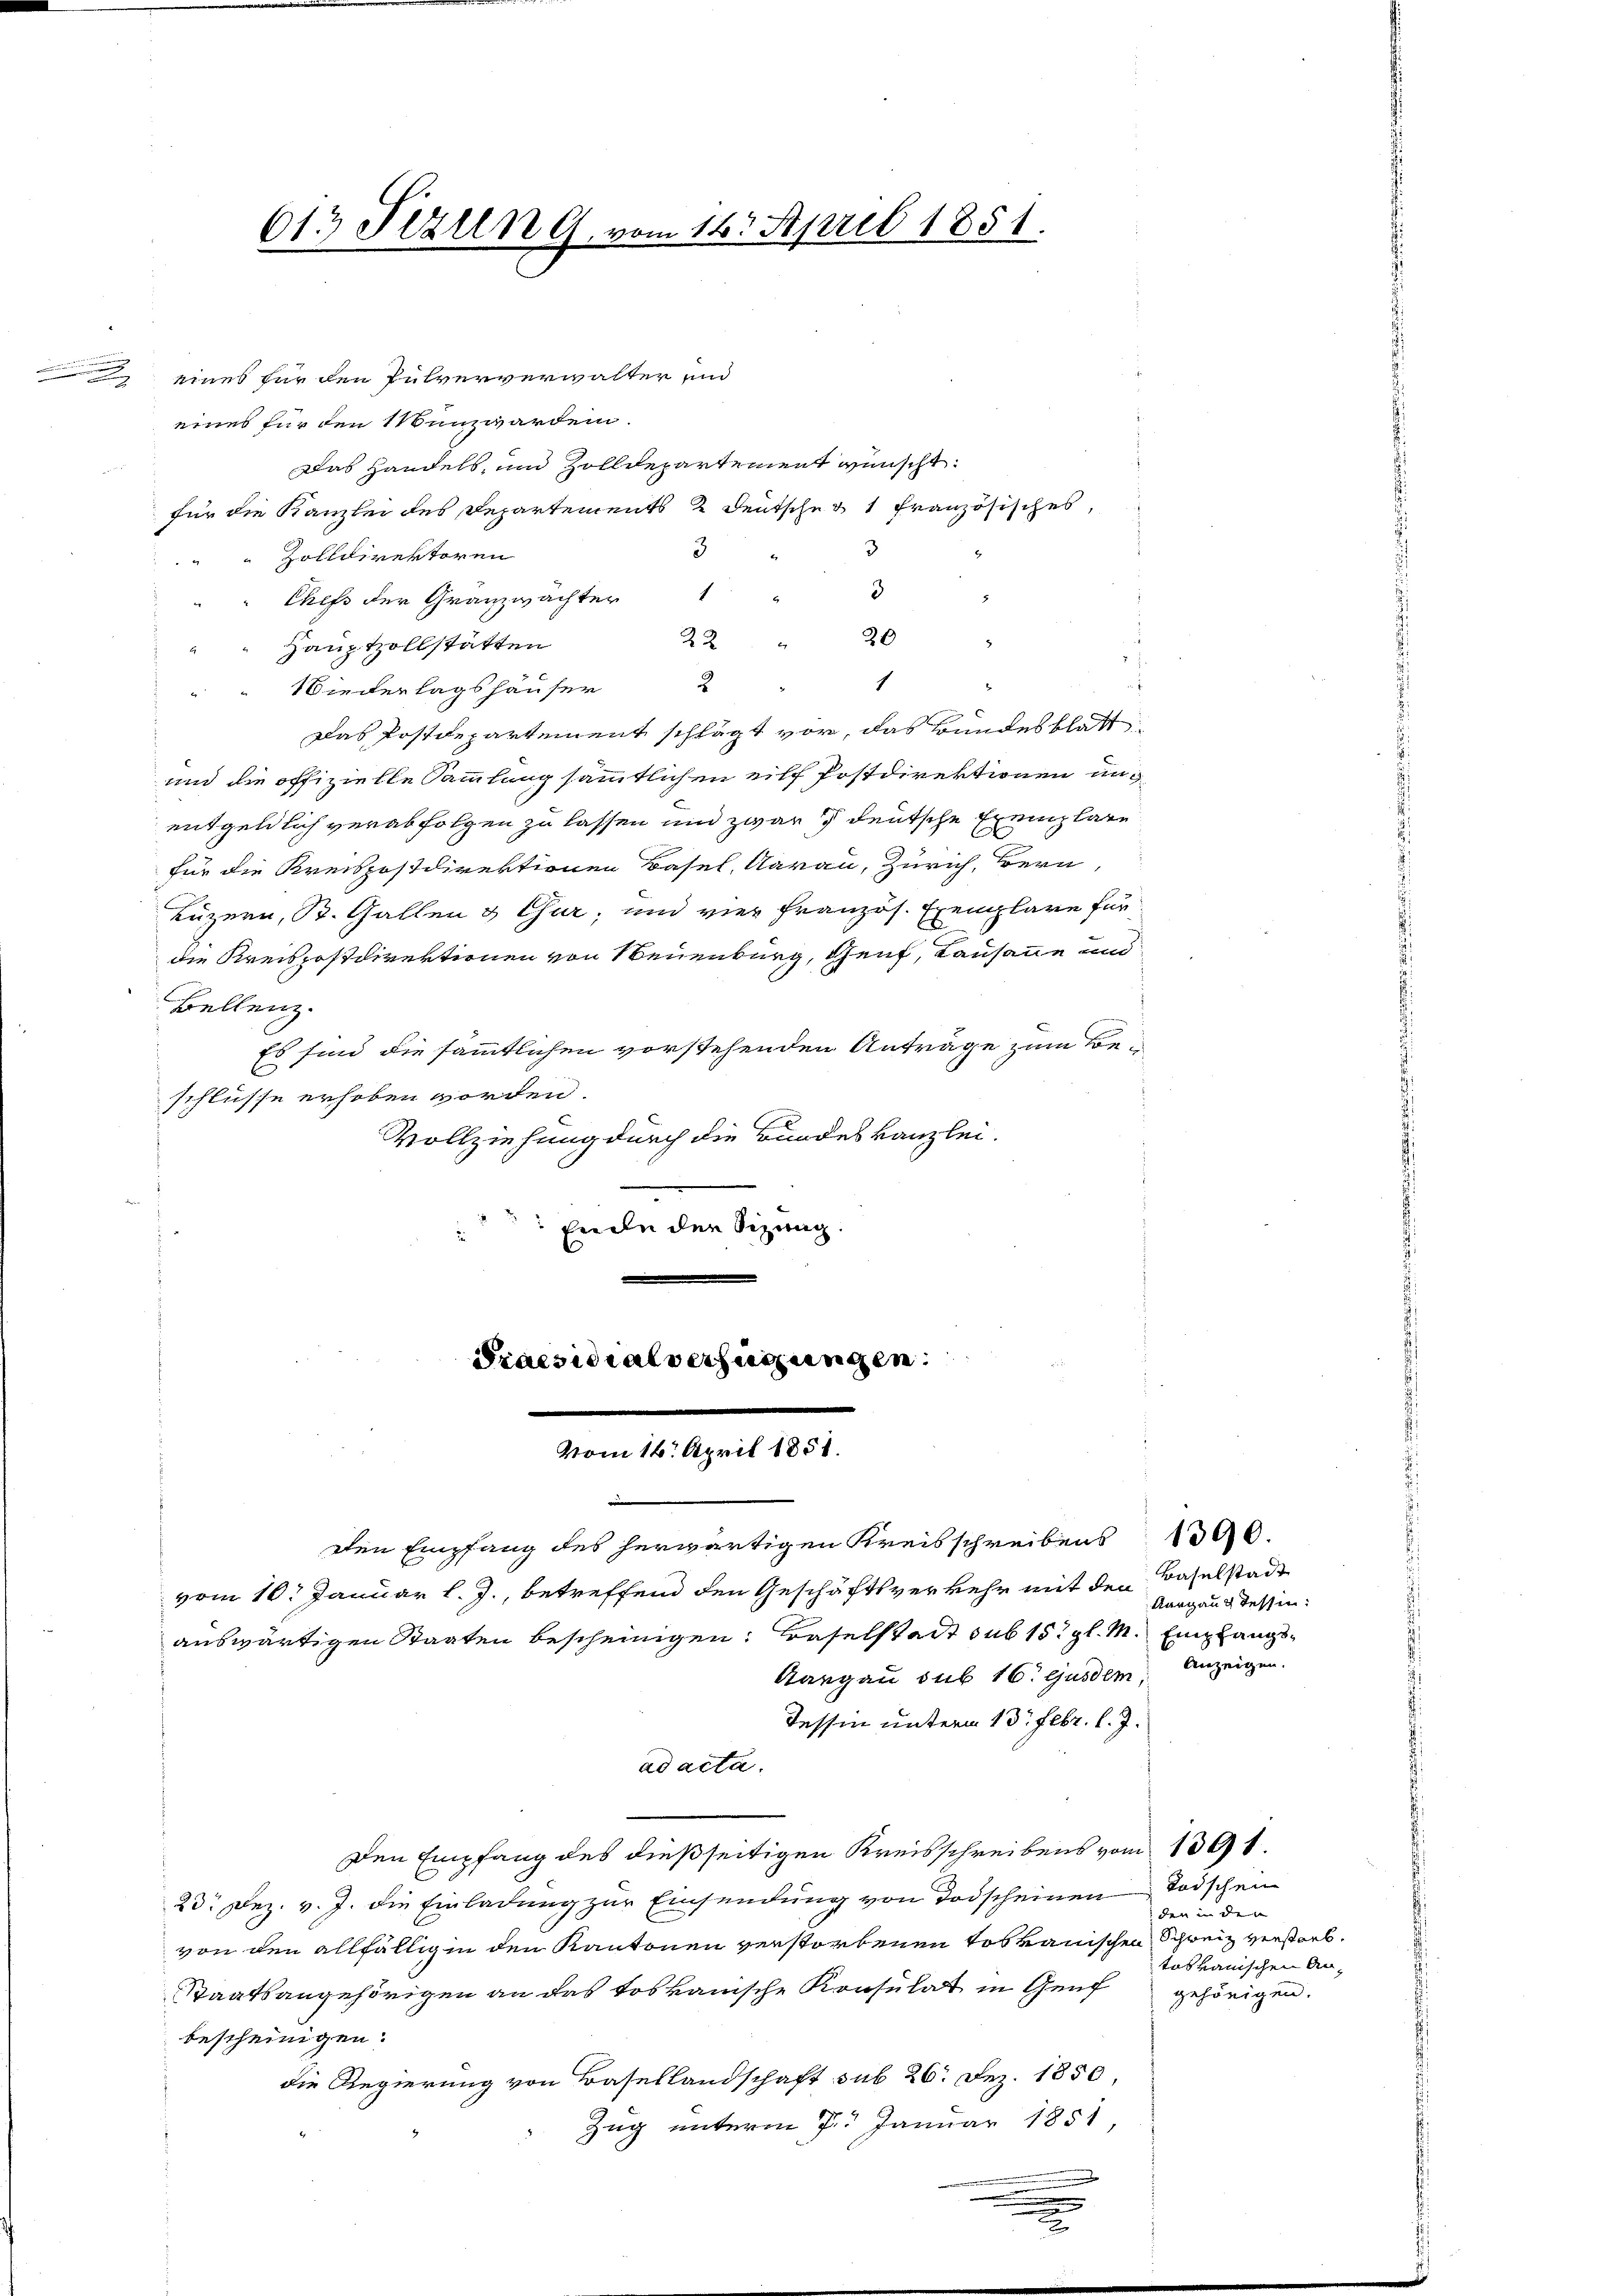
e

613 Tizien G. vom 16. April 1851.

eines für den Pulververwalter und
eines für den Munzwarden.
Das Handels, und Zolldepartement wünscht
für die Kanzlei des Departements 2 Deutscher 1 französisches,
3
3
Zolldirektoren
3
Chefs der Granzwächter
20
.
22
Hauptzollstätten
1
2
Niederlagshäuser
Das Postdepartement schlägt vor, das Bundesblatt
und die offizielle Sammlung sämmtlichen eilf Postdirektionen und
entgeldlich verabfolgen zu lassen und zwar deutsche Exemplare
für die Kreispostdirektionen Basel, Aarau, Zürich, Bern,
Luzern, St. Gallen & Gur, und vier französ. Exemplare für
die Kreispostdirektionen von Neuenburg, Genf, Kausanne und
Bellenz.
Es sind die sämmtlichen vorstehenden Anträge zum Beschlüsse erhoben worden.
Vollziehung durch die Bundeskanzlei.
 Erden der Sizung.

.
vom 16. April 1851.

Den Empfang des herwärtigen Kreisschreibens 1396.
vom 10. Januar l. J., betreffend den Geschäftsverkehr mit den
Aargau sub 16. ejusdem, Anzeigen.
Tessin unterm 13. Febr. l. J.
ad acta.
Den Empfang des dießseitigen Kreisschreibens vom 1391.
23. Dez. v. J. die Einladung zur Einsendung von Todscheinen Todschein
von den allfällig in den Kantonen verstorbenen toskanischen Schweiz verstorb.
Staatsangehörigen an das toskanische Konsulat in Genf
bescheinigen.
die Regierung von Basellandschaft sub 26. Dez. 1850,
Zug unterm 7. Januar 1851

Praesidialverfügungen:

auswärtigen Staaten bescheinigen. Baselstadt sub 15. gl. M. Empfangs¬

Baselstadt
Aargaus dessen:

der in der |
tosvauischen Angehörigen.